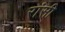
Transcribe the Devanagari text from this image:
रांसी